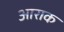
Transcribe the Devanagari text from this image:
आराक